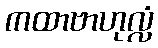
ကထာဗာဟုလ္လံ